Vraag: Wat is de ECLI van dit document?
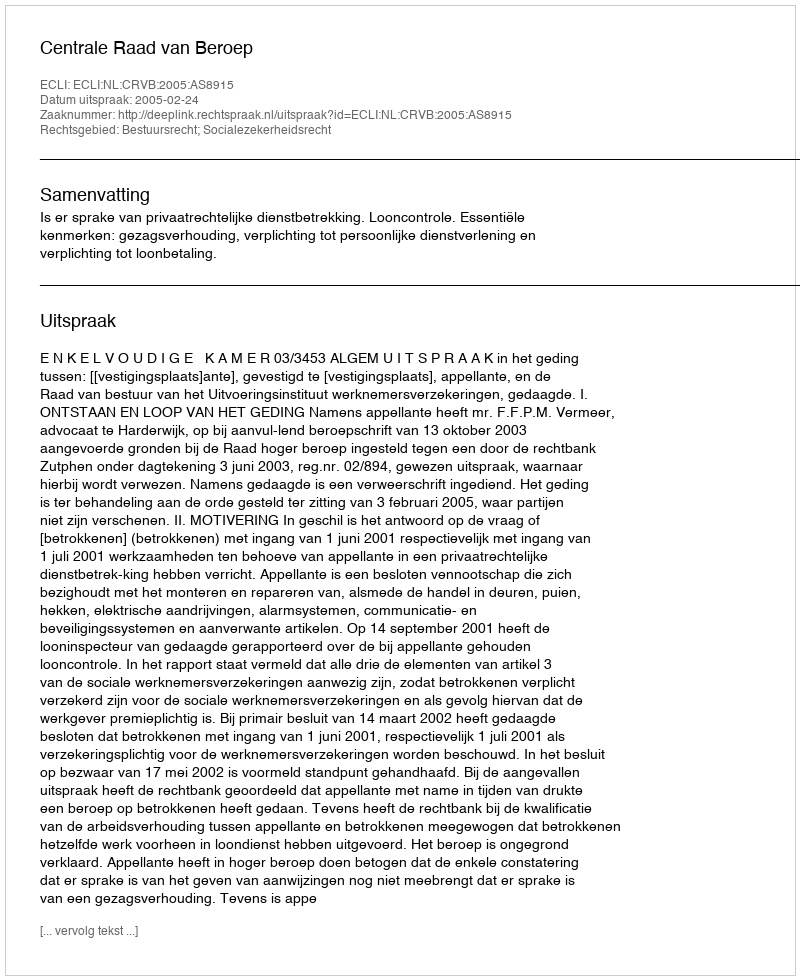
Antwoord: ECLI:NL:CRVB:2005:AS8915